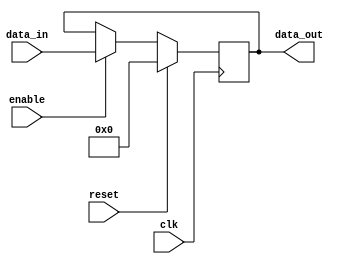
module variable_width_bypass_register (
    input wire clk,
    input wire [WIDTH-1:0] data_in,
    input wire enable,
    input wire reset,
    output reg [WIDTH-1:0] data_out
    );
    
    parameter WIDTH = 8; // Set the width of the bypass register
    
    reg [WIDTH-1:0] register;
    
    always @(posedge clk) begin
        if (reset)
            register <= 0;
        else if (enable)
            register <= data_in;
    end
    
    assign data_out = register;
    
endmodule